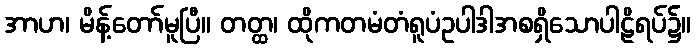
အာဟ၊ မိန့်တော်မူပြီ။ တတ္ထ၊ ထိုကတမံတံရူပံဥပါဒါအစရှိသောပါဠိရပ်၌။